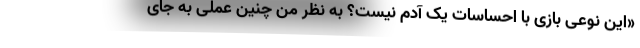
«این نوعی بازی با احساسات یک آدم نیست؟ به نظر من چنین عملی به جای